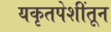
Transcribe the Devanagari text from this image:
यकृतपेशींतून